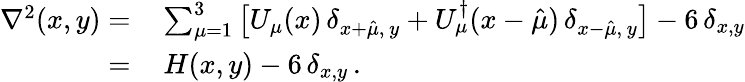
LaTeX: \begin{array}{rl}{\nabla^{2}(x,y)=}&{{}\sum_{\mu=1}^{3}\big[U_{\mu}(x)\, \delta_{x+\hat{\mu},\, y}+U_{\mu}^{\dagger}(x-\hat{\mu})\, \delta_{x-\hat{\mu},\, y}\big]-6\, \delta_{x,y}}\\ {=}&{{}\, H(x,y)-6\, \delta_{x,y}\, .}\end{array}